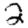
Digit: 2